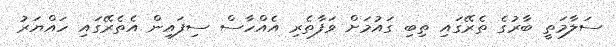
ސަލާމަތީ ބާރުގެ ތެރޭގައި ތިބި ގައުމަށް ވަފާތެރި އެއްހާސް ސިފައިން އެތެރޭގައި ހައްޔަރު